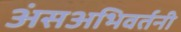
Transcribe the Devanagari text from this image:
अंसअभिवर्तनी